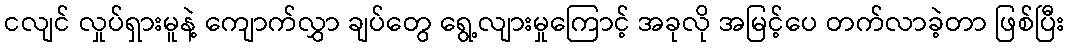
ငလျင် လှုပ်ရှားမူနဲ့ ကျောက်လွှာ ချပ်တွေ ရွေ့လျားမှုကြောင့် အခုလို အမြင့်ပေ တက်လာခဲ့တာ ဖြစ်ပြီး